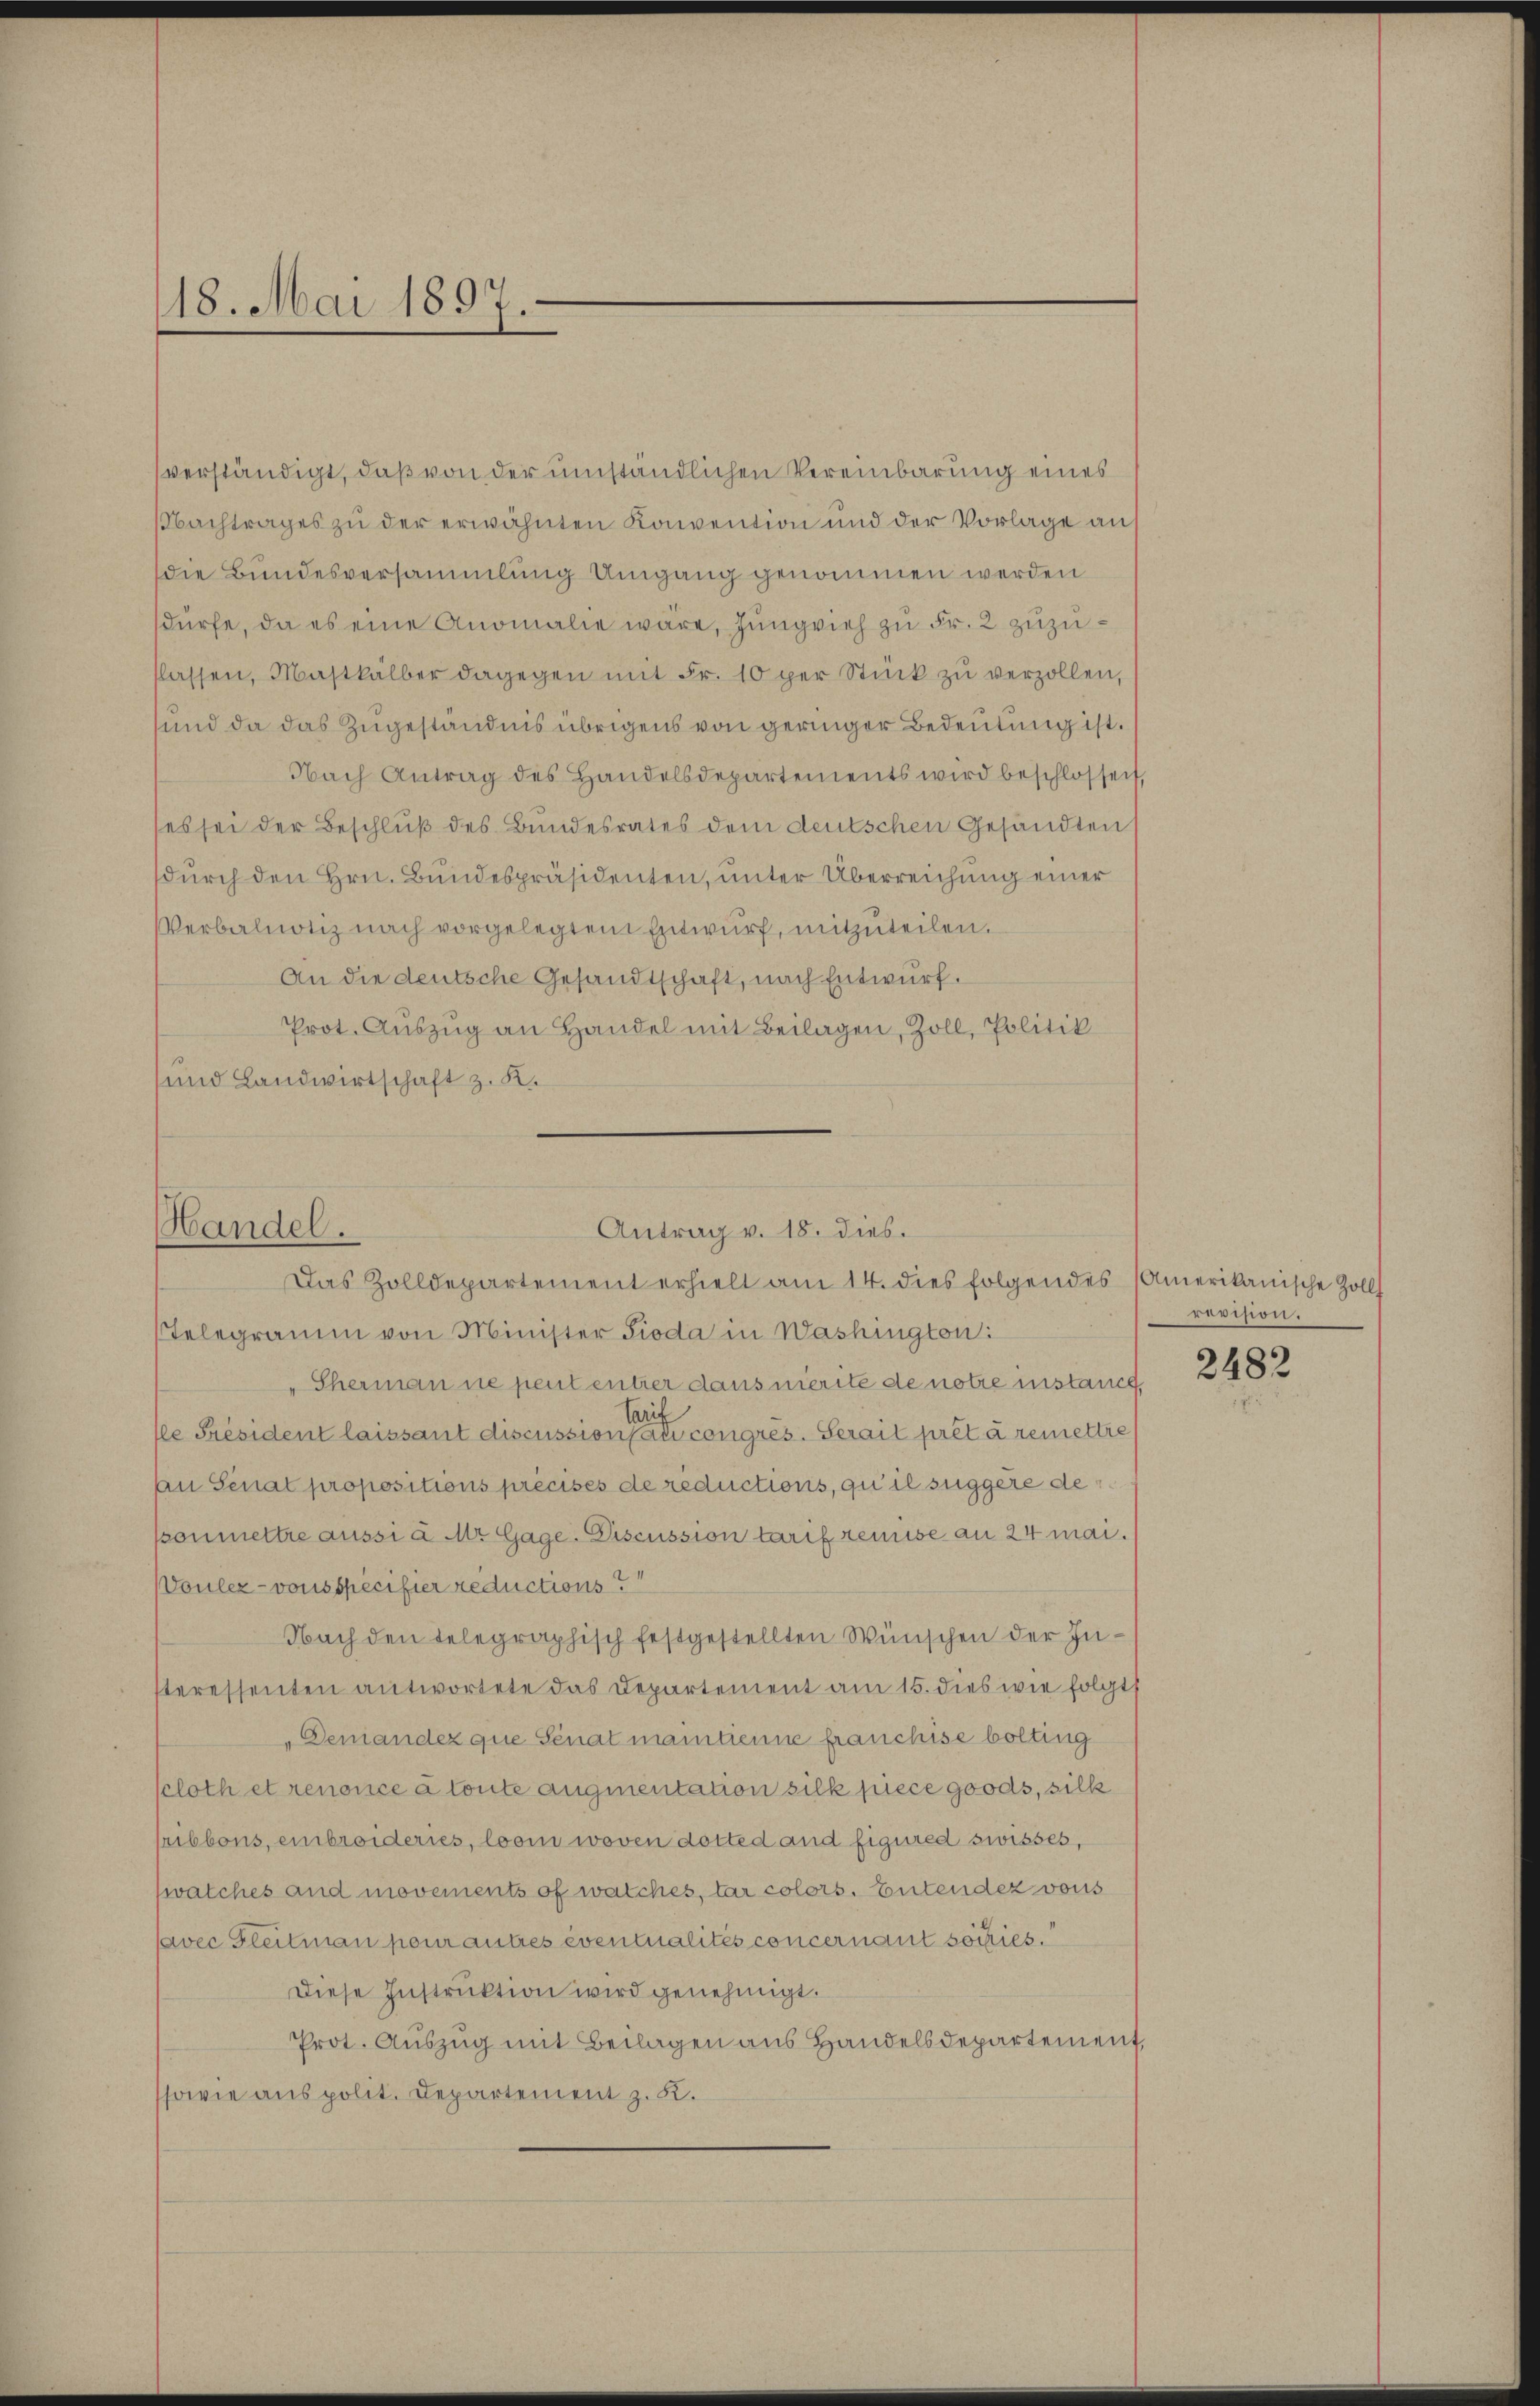
18. Mai 1897.

verständigt, daß von der umständlichen Vereinbarung eines
Nachtrages zu der erwähnten Konvention und der Vorlage auf
die Bundesversammlung Umgang genommen werden
dürfe, da es eine Anomalie wäre, Jungvieh zu Fr. 2 zuzuflassen, Maskälber dagegen mit Fr. 10 per Stück zŭ verzollen,
sund da das Zugeständnis übrigens von geringer Bedeutung ist.
Nach Antrag des Handelsdepartements wird beschlossen,
(es sei der Beschluß des Bundesrates dem deutschen Gesandten
durch den Hrn. Bundespräsidenten, unter Überreichung einer
Verbalnotiz nach vorgelegten Entwurf, mitzuteilen.
An die deutsche Gesandtschaft, nach Entwurf.
Prot. Auszug an Handel mit Beilagen, Zoll, Politik
und Landwirtschaft z. K.

Telegramm von Minister Pioda in Washington:
Sherman ne peut entrer dans nierite de notre instance.
fle Président laissant discussion se congres. Serait prêt à remettre
an Senat propositions précises de reductions, qui il suggere de
ponmettre aussi à Mr Gage. Discussion tarif remise an 24 mai.
Voulez-vous specifier reductions?
Nach den telegraphisch festgestellten Wünschen der Insteressenten antwortete das Departement am 15. dies wie folgt s
„Deniandez que Senat maintienne franchise bolting
scloth et renonce à toute augmentation silk piece goods, silk
ribbons, einbroideries, looin woven dotted and figured swisses,
(walches and movements of walches, tar colors. Entendez vons
avec Gleitmann pour autres eventualités concernant sochies.
Diese Instruktion wird genehmigt.
Prot. Auszug mit Beilagen aus Handelsdepartement,
sowie aus polit. Departement z. K.

Handel.
Antrag v. 18. dies.
Das Zolldepartement erhielt am 14. dies folgendes (Amerikanische Zoll

revision.

2482